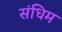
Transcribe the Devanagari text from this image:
संधिम